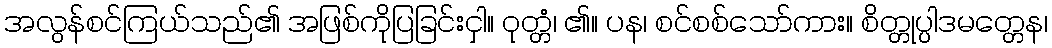
အလွန်စင်ကြယ်သည်၏ အဖြစ်ကိုပြခြင်းငှါ။ ဝုတ္တံ၊ ၏။ ပန၊ စင်စစ်သော်ကား။ စိတ္တုပ္ပါဒမတ္တေန၊